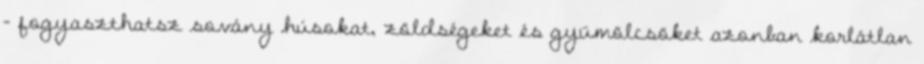
- fogyaszthatsz sovány húsokat, zöldségeket és gyümölcsöket azonban korlátlan